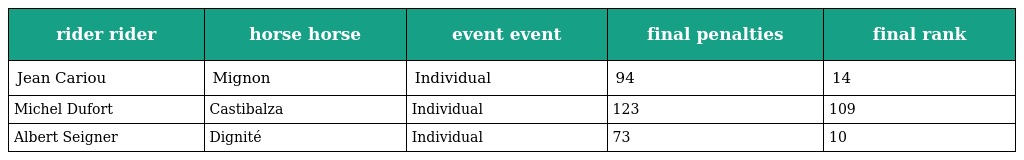
| rider rider | horse horse | event event | final penalties | final rank |
 | --- | --- | --- | --- | --- |
 | Jean Cariou | Mignon | Individual | 94 | 14 |
 | Michel Dufort | Castibalza | Individual | 123 | 109 |
 | Albert Seigner | Dignité | Individual | 73 | 10 |